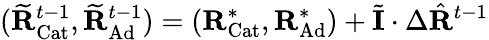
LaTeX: (\widetilde{\mathbf{R}}_{\mathrm{Cat}}^{t-1},\widetilde{\mathbf{R}}_{\mathrm{Ad}}^{t-1})=(\mathbf{R}_{\mathrm{Cat}}^{*},\mathbf{R}_{\mathrm{Ad}}^{*})+\widetilde{\mathbf{I}}\cdot\Delta\hat{\mathbf{R}}^{t-1}